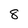
Character: 8